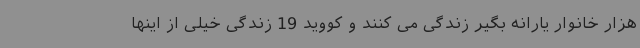
هزار خانوار یارانه بگیر زندگی می کنند و کووید 19 زندگی خیلی از اینها